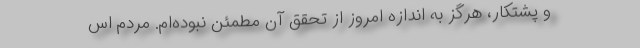
و پشتکار، هرگز به اندازه امروز از تحقق آن مطمئن نبوده‌ام. مردم اس